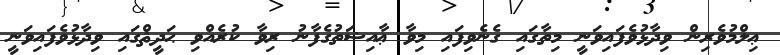
ޢިލްމުވެރިން ވިދާޅުވެފައިވަނީ މިތާގައި ގެނެވިފައި މިވާ ޢާއިޝަތުގެފާނު ރިވާ ކުރެއްވި ޙަދީޘްގައި ވިދާޅުވެފައިވަނީ